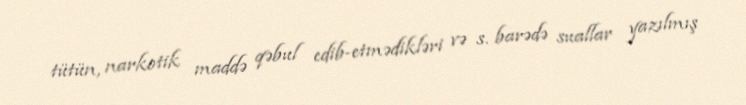
tütün, narkotik maddə qəbul edib-etmədikləri və s. barədə suallar yazılmış